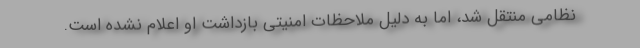
نظامی منتقل شد، اما به دلیل ملاحظات امنیتی بازداشت او اعلام نشده است.